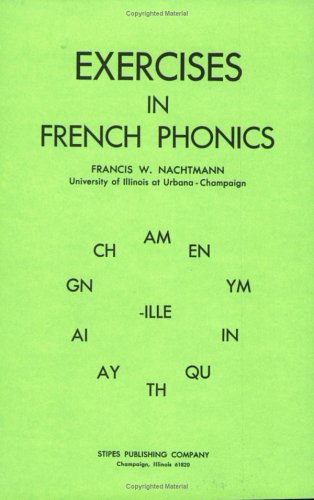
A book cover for Exercises in French Phonics; Francis W. Nachtmann; Reference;